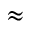
\approx